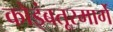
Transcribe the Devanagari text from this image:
कोइंबतूरमार्गे